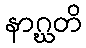
နာဂ္ဃတိ